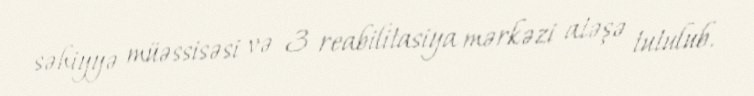
səhiyyə müəssisəsi və 3 reabilitasiya mərkəzi atəşə tutulub.